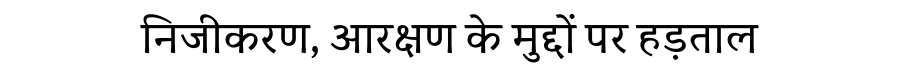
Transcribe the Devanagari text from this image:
निजीकरण, आरक्षण के मुद्दों पर हड़ताल